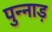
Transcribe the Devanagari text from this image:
पुन्नाड़